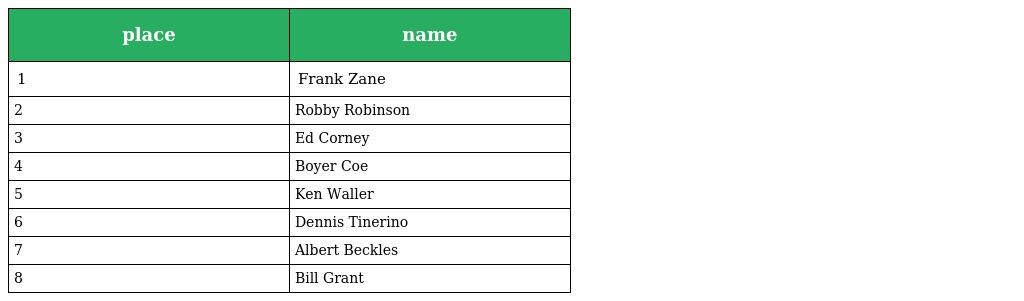
| place | name |
 | --- | --- |
 | 1 | Frank Zane |
 | 2 | Robby Robinson |
 | 3 | Ed Corney |
 | 4 | Boyer Coe |
 | 5 | Ken Waller |
 | 6 | Dennis Tinerino |
 | 7 | Albert Beckles |
 | 8 | Bill Grant |